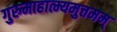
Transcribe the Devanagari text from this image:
गुरुमाहात्म्यमुत्तमम्